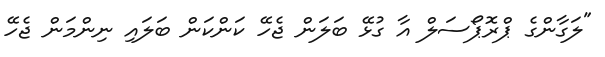
"ލަގާންގެ ޕްރޮޕޯސަލް އާ ގުޅޭ ބަލަން ޖެހޭ ކަންކަން ބަލައި ނިންމަން ޖެހޭ